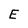
Character: E